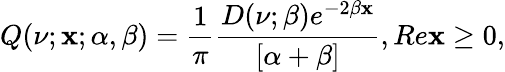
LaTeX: Q(\nu;\mathbf{x};\alpha,\beta)=\frac{{1}}{{\pi}}\frac{{D(\nu;\beta)e^{-2\beta\mathbf{x}}}}{{[\alpha+\beta]}},Re\mathbf{x}\geq0,